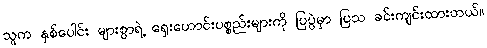
သူက နှစ်ပေါင်း များစွာရဲ့ ရှေးဟောင်းပစ္စည်းများကို ပြပွဲမှာ ပြသ ခင်းကျင်းထားတယ်။